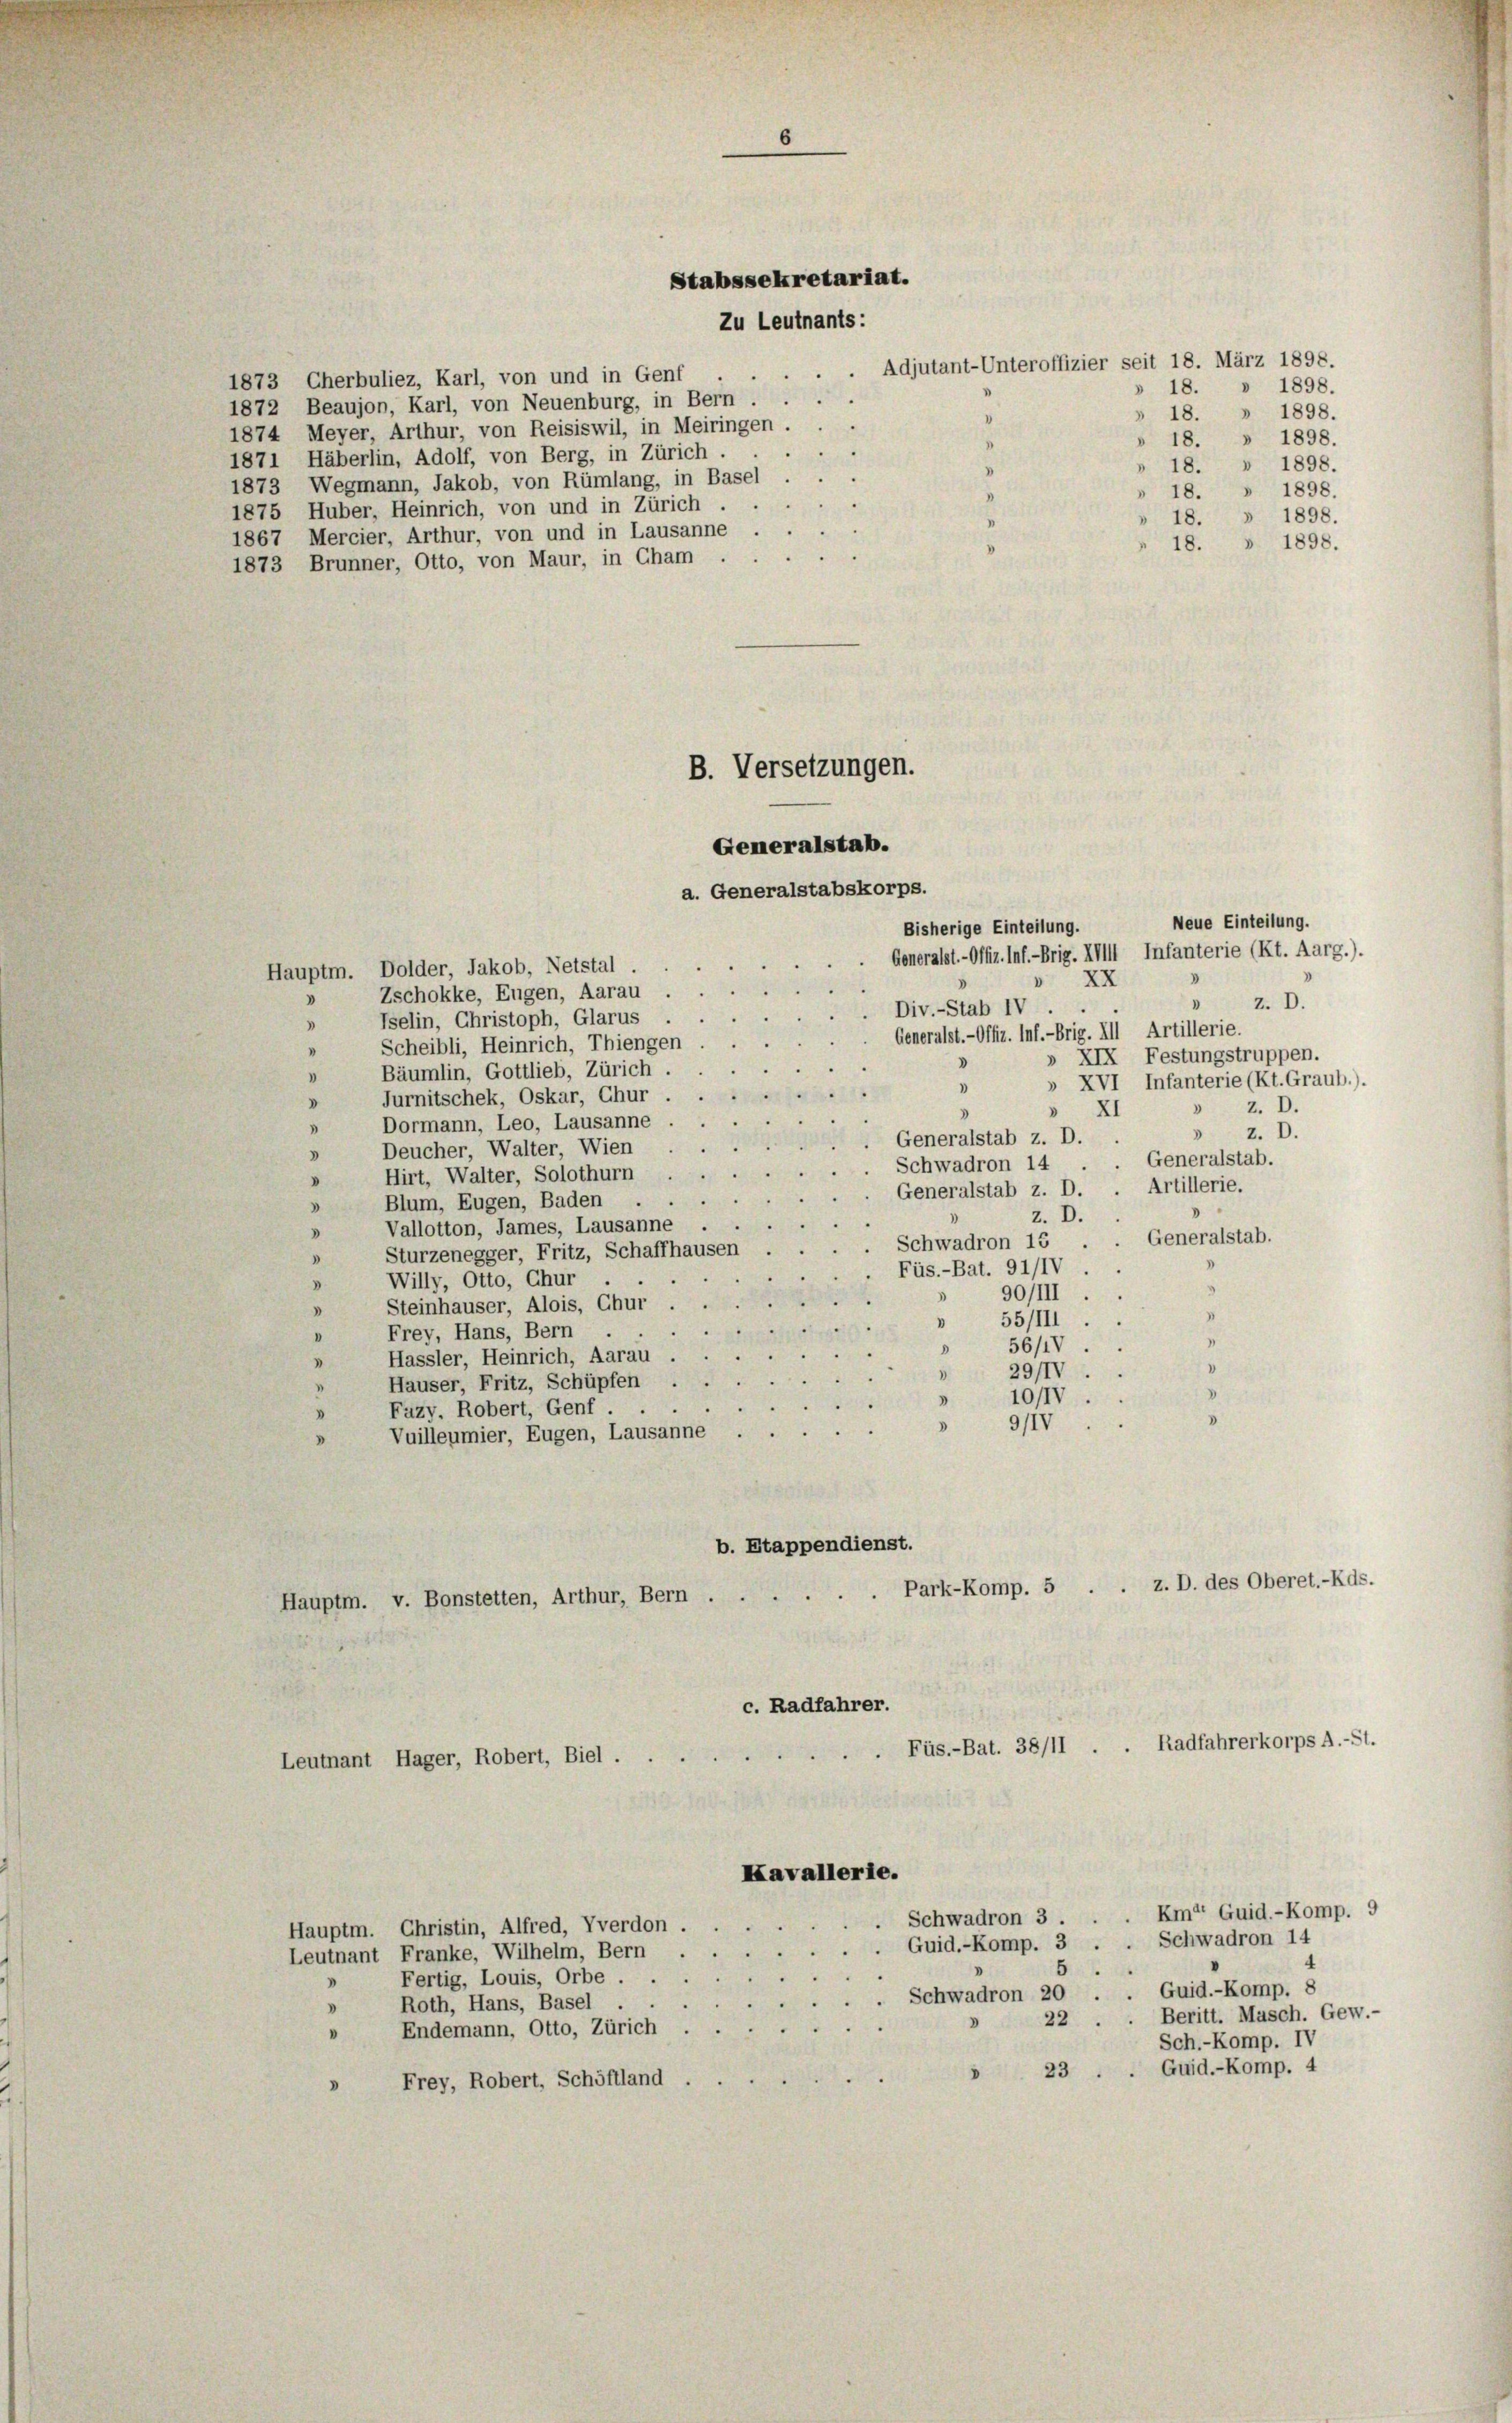
1873 Cherbuliez, Karl, von und in Genf
1872 Beaujon, Karl, von Neuenburg, in Bern . .
1874 Meyer, Arthur, von Reisiswil, in Meiringen.
1871 Häberlin, Adolf, von Berg, in Zürich.
1873 Wegmann, Jakob, von Rümlang, in Basel
1875 Huber, Heinrich, von und in Zürich.
1867 Mercier, Arthur, von und in Lausanne
1873 Brunner, Otto, von Maur, in Cham .

.
.

Stabssekretariat.
Zu Leutnants:

B. Versetzungen.
Generalstab.
a. Generalstabskorps.
Bisherige Einteilung.
Generalst. - Offiz. Inf.-Brig. XIII Infanterie (Kt. Aarg.).
.

Adjutant-Unteroffizier seit 18. März 1898.
"
)

"

Hauptm. Dolder, Jakob, Netstal.
» Zschokke, Eugen, Aarau .
Div.-Stab IV.
Iselin, Christoph, Glarus.
3
Generalst.- Offiz. Inf.-Brig. III Artillerie.
Scheibli, Heinrich, Thiengen
"
d
Bäumlin, Gottlieb, Zürich.
"
»
Jurnitschek, Oskar, Chur
V
3
Dormann, Leo, Lausanne
Generalstab z. D.
Deucher, Walter, Wien
Schwadron 14
Hirt, Walter, Solothurn
Generalstab z. D.
Blum, Eugen, Baden
d
z. D.
Vallotton, James, Lausanne
Schwadron 15 .
Sturzenegger, Fritz, Schaffhausen
Füs.-Bat. 91/IV.
Willy, Otto, Chur
 90/III.
Steinhauser, Alois, Chur .
55/III
.
Frey, Hans, Bern
56/1V
3
Hassler, Heinrich, Aarau .
1
29/IV.
)
.
Häuser, Fritz, Schüpfen.
10/IV.
.
Fazy. Robert, Genf.
9IV
Vuilleumier, Eugen, Lausanne
b. Etappendienst.
. Park-Komp. 5 . . z. D. des Oberet.-Kds.
Hauptm. v. Bonstetten, Arthur, Bern ...
c. Radfahrer.
Leutnant Hager, Robert, Biel ...

Kavallerie.
Guid.-Komp. 3 . . Schwadron 14

Hauptm. Christin, Alfred, Yverdon
Leutnant Franke, Wilhelm, Bern
5
Fertig, Louis, Orbe.
Schwadron 20 . . Guid.-Komp. 8
Roth, Hans, Basel .
22
Endemann, Otto, Zürich
V
Frey, Robert, Schöffland.
D

» 18. » 1898.
» 18. » 1898.
» 18. » 1898.
18. » 1898.
» 18. » 1898.
» 18. » 1898.
» 18. » 1898.

XX

Neue Einteilung.
 z. D.
» XIX Festungstruppen.
» XVI Infanterie (Kt. Graub.).
» Z. D.
 XI
» z. D.
. Generalstab.
Artillerie.
d
Generalstab.

d

Füs.-Bat. 38/11 . . Radfahrerkorps A.-St.

. Schwadron 3 . . . Em“ Guid.-Komp. 9
.
Sch.-Komp. IV
23 . . Guid.-Komp. 4

4
Beritt. Masch. Gew.-